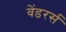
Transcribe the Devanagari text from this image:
वेंडरर्स